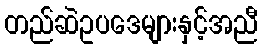
တည်ဆဲဥပဒေများနှင့်အညီ